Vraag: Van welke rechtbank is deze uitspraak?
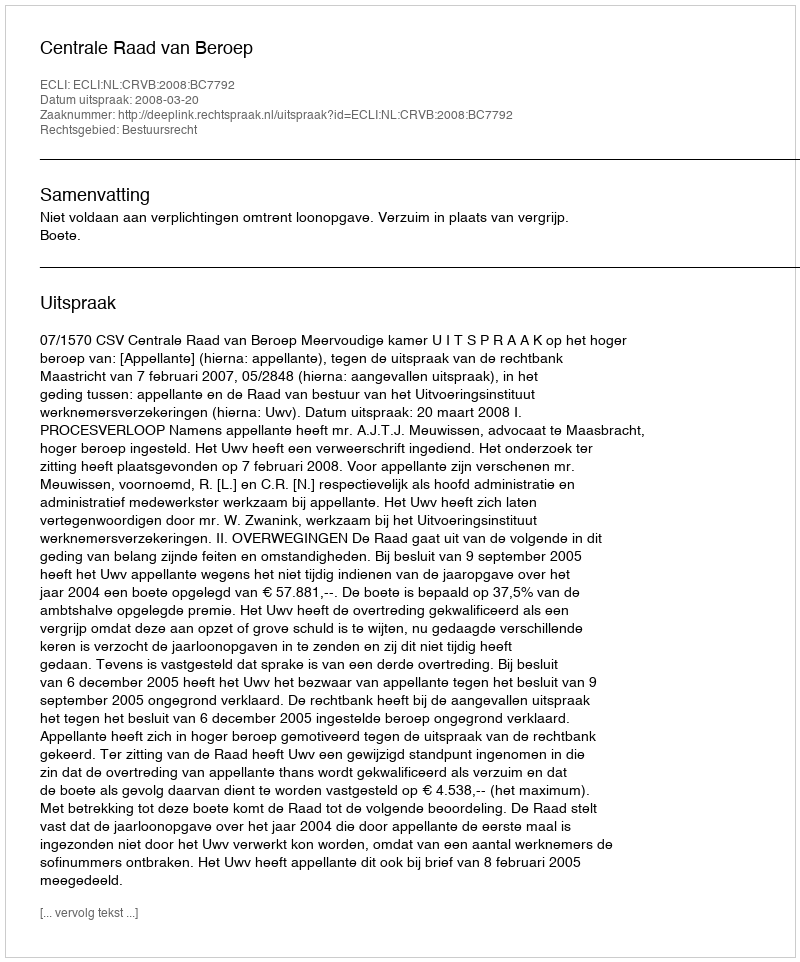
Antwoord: Centrale Raad van Beroep